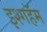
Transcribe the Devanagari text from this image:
इश्गहॅम